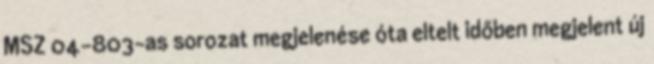
MSZ 04-803-as sorozat megjelenése óta eltelt időben megjelent új